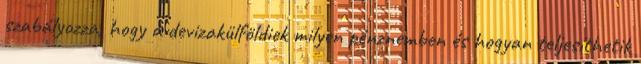
szabályozza, hogy a devizakülföldiek milyen pénznemben és hogyan teljesíthetik